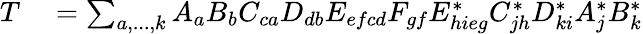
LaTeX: \begin{array}{rl}{T}&{{}=\sum_{a,...,k}A_{a}B_{b}C_{ca}D_{db}E_{efcd}F_{gf}E_{hieg}^{*}C_{jh}^{*}D_{ki}^{*}A_{j}^{*}B_{k}^{*}}\end{array}